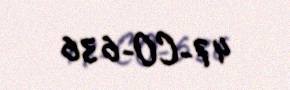
47-CO-636